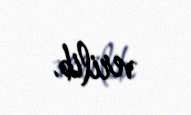
verilib.